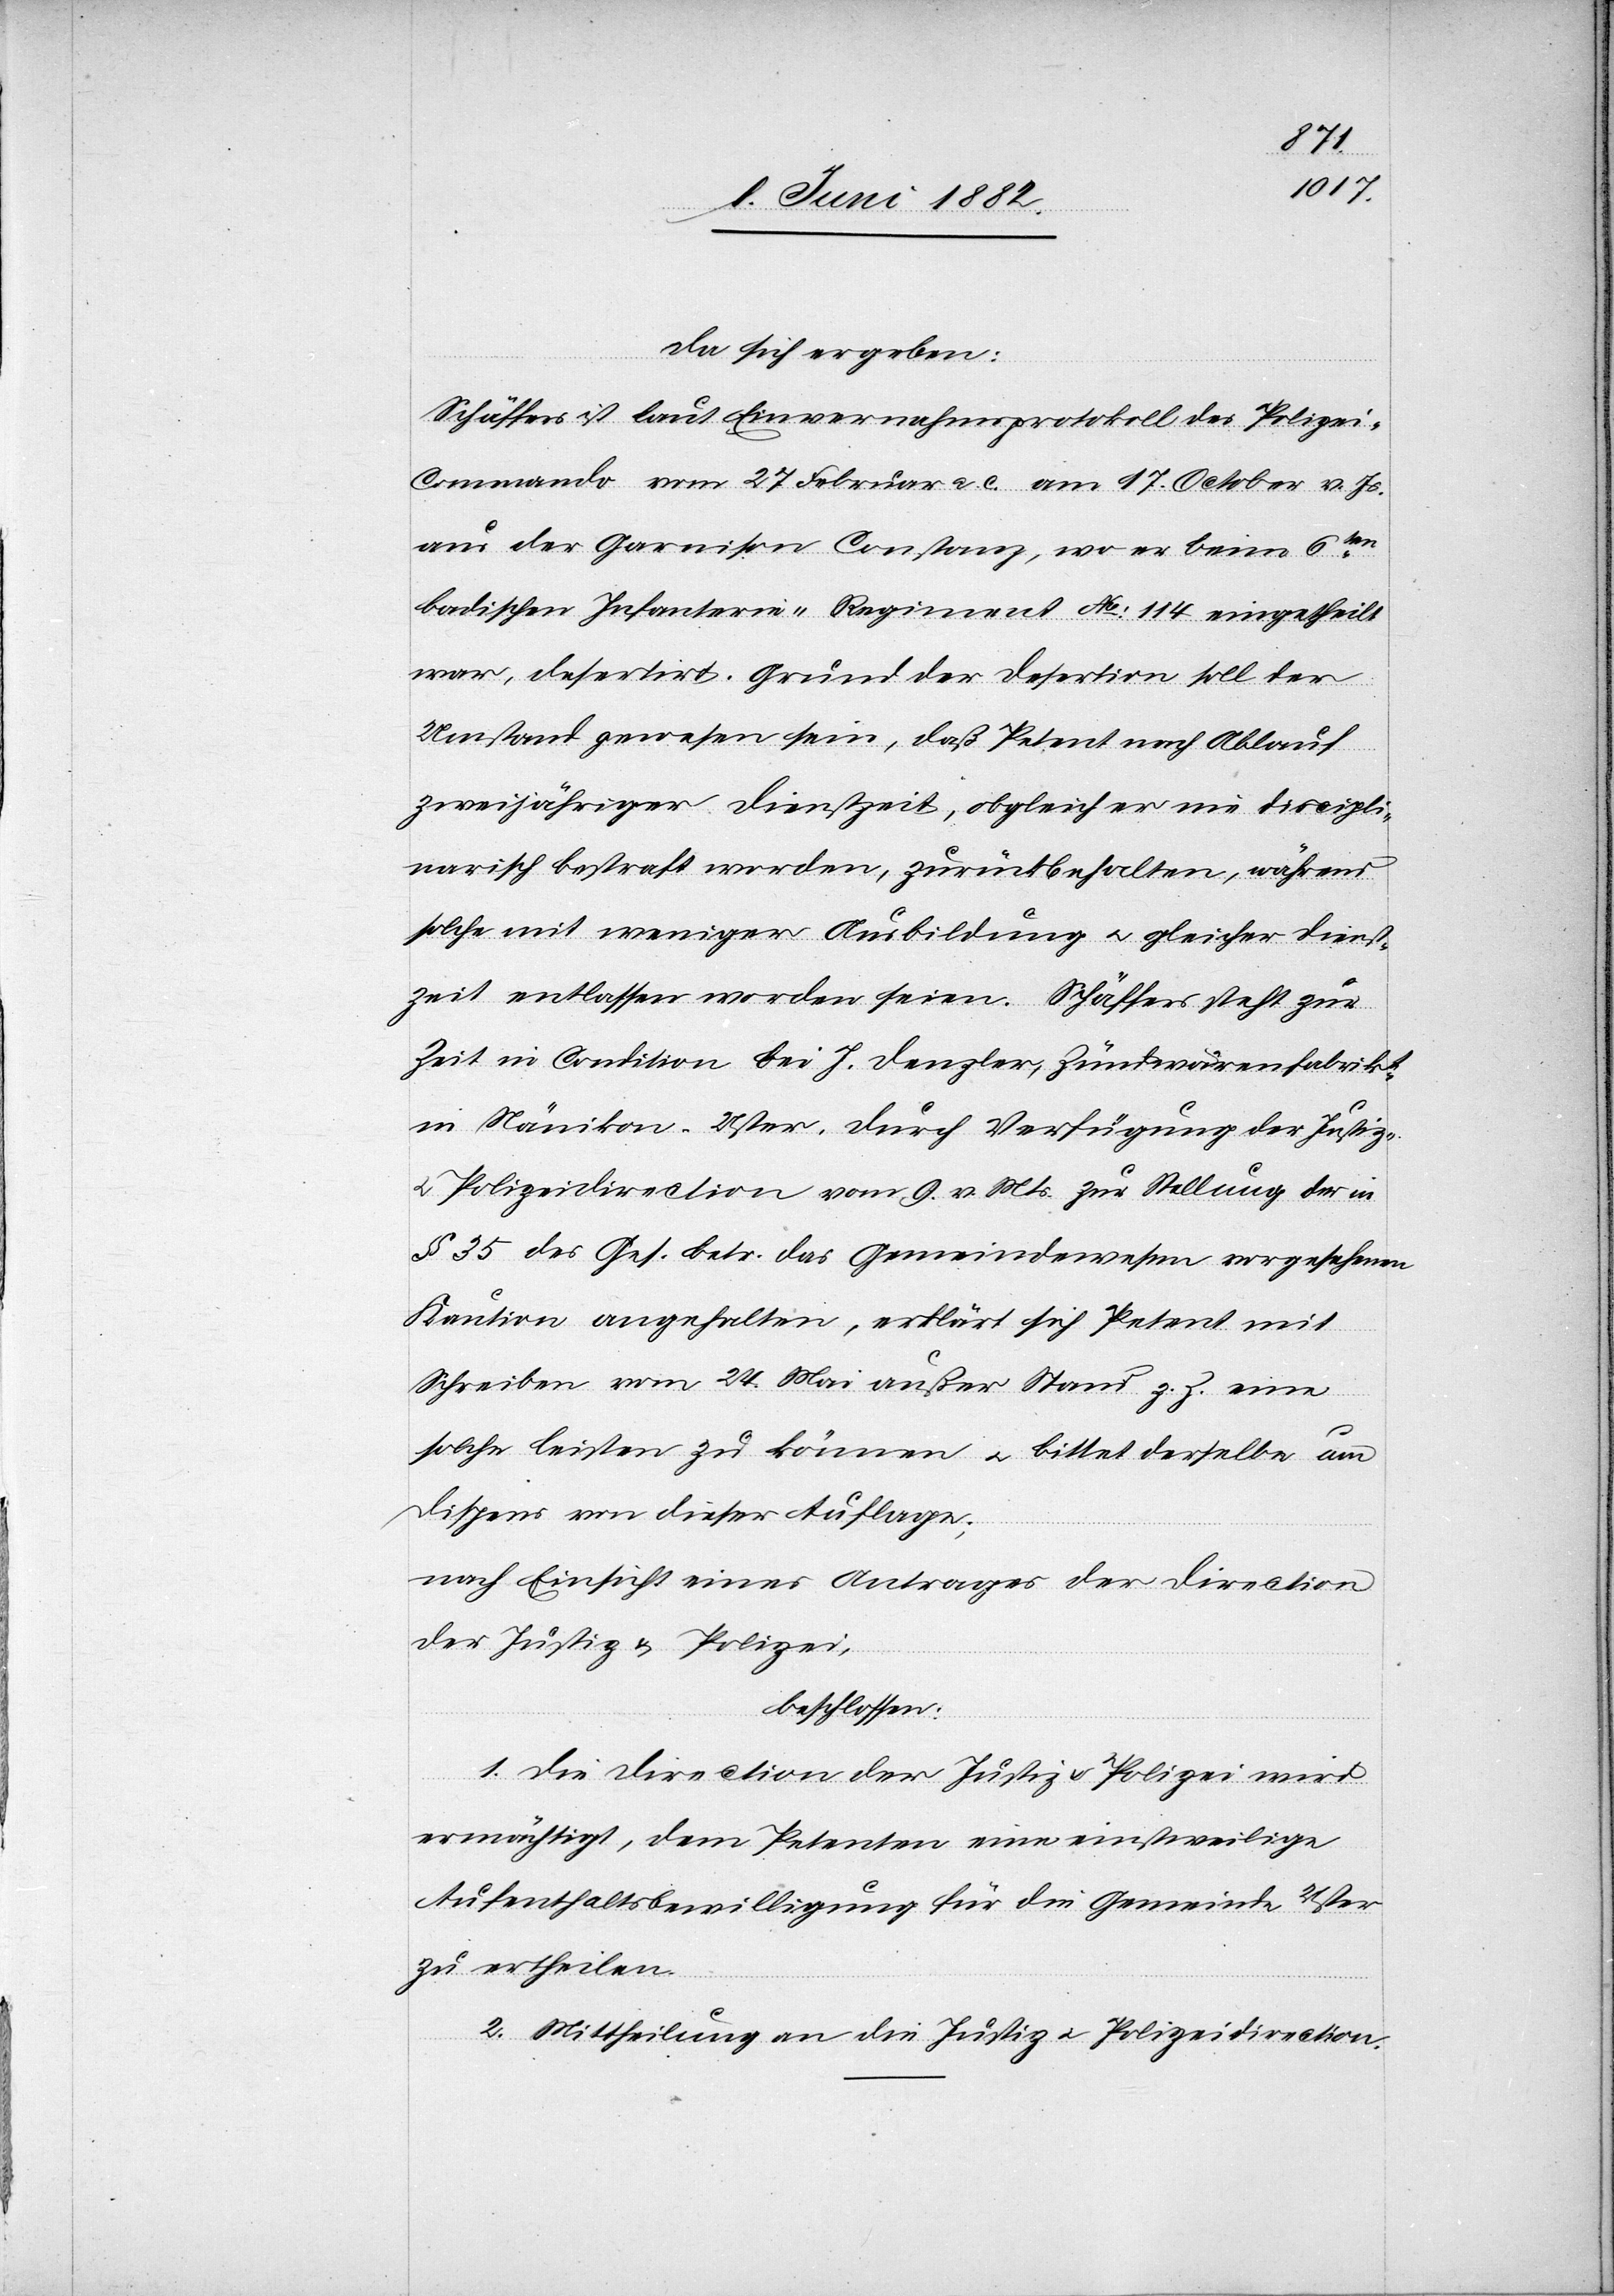
da sich ergeben:
Schäffers ist laut dem Einvernahmsprotokoll des Polizei-C¬
ommando vom 27. Februar a. c. am 17. October v. Js.
aus der Garnison Constanz, wo er beim 6ten
badischen Infanterie-Regiment No 114 eingetheilt
war, desertirt. Grund der Desertion soll der
Umstand gewesen sein, daß Petent nach Ablauf
zweijähriger Dienstzeit, obgleich er nie discipli¬
narisch bestraft worden, zurückbehalten, während
solche mit weniger Ausbildung u. gleicher Dienst¬
zeit entlassen worden seien. Schäffers steht zur
Zeit in Condition bei J. Denzler, Zündwarenfabrik[an]t
in Nänikon - Uster. Durch Verfügung der Justiz-
u. Polizeidirection vom 9. v. Mts. zur Stellung der in
§ 35 des Ges. betr. das Gemeindewesen vorgesehenen
Kaution angehalten, erklärt sich Petent mit
Schreiben vom 24. Mai außer Stand z. Z. eine
solche leisten zu können u. bittet derselbe um
Dispens von dieser Auflage;
nach Einsicht eines Antrages der Direction
der Justiz & Polizei,
beschlossen:
1. Die Direction der Justiz & Polizei wird
ermächtigt, dem Petenten eine einstweilige
Aufenthaltsbewilligung für die Gemeinde Uster
zu ertheilen.
2. Mittheilung an die Justiz- u. Polizeidirection.